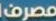
مصرف